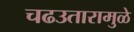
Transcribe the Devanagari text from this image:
चढउतारामुळे